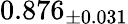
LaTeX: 0.876_{\pm 0.031}